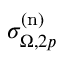
\sigma _ { \Omega , 2 p } ^ { ( \mathrm { n } ) }